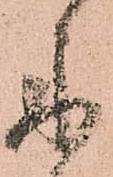
示